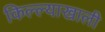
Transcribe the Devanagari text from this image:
किल्ल्याखाली